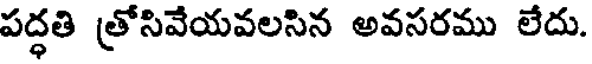
పద్ధతి (తోసివేయవలసిన అవసరము లేదు.